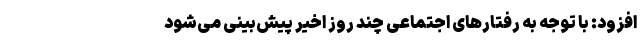
افزود: با توجه به رفتار‌های اجتماعی چند روز اخیر پیش‌بینی می‌شود